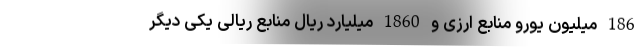
186 میلیون یورو منابع ارزی و 1860 میلیارد ریال منابع ریالی یکی دیگر